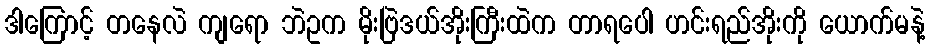
ဒါကြောင့် တနေလဲ ကျရော ဘဲဥက မိုးဗြဲဒယ်အိုးကြီးထဲက တာရပေါ ဟင်းရည်အိုးကို ယောက်မနဲ့